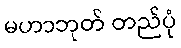
မဟာဘုတ် တည်ပုံ